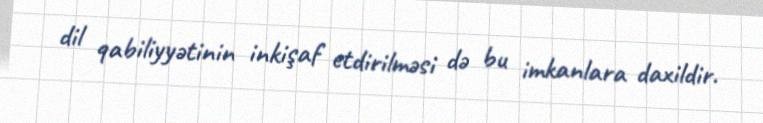
dil qabiliyyətinin inkişaf etdirilməsi də bu imkanlara daxildir.